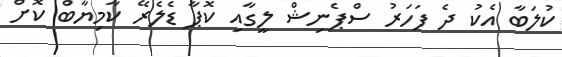
ކުލަބާ އެކު ދެ ފަހަރު ސްޕެނިޝް ލީގާއި ކޮޕާ ޑެލެރޭ ކާމިޔާބް ކޮށް